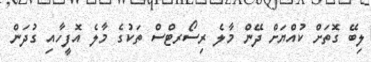
ލިބޭ ގޮތަށް ކުއްޔަށް ދޭން މާލެ ރިސޯރޓްސް ތަކުގެ މާލެ އޮފީހާއި ގުދަން